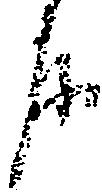
房